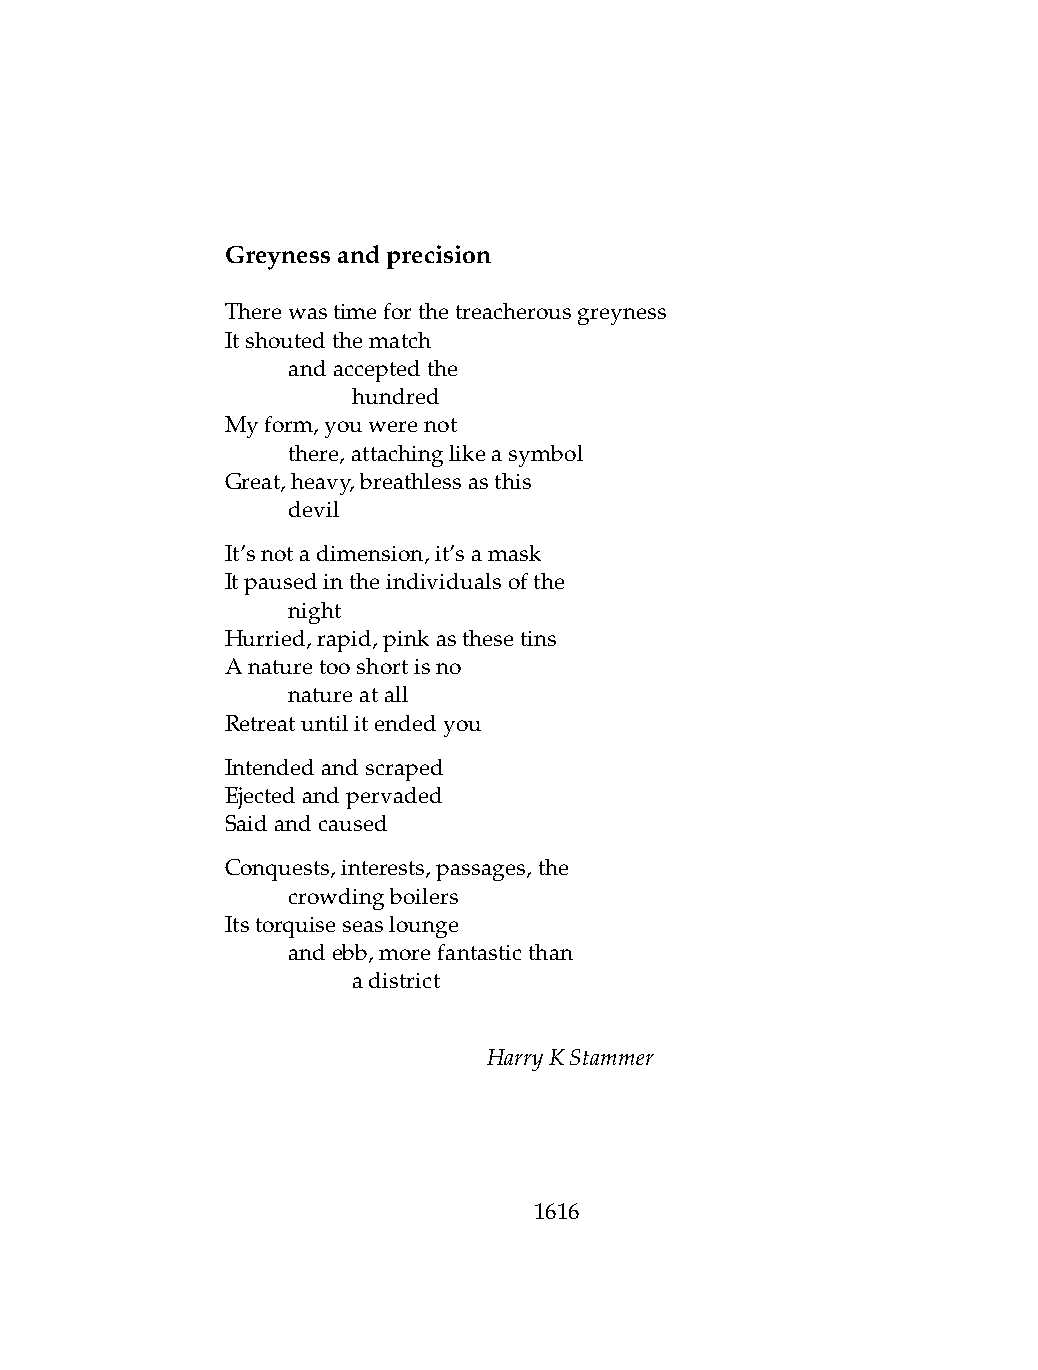
Greynessandprecision
 Therewastimeforthetreacherousgreyness
 Itshoutedthematch
 .   andacceptedthe
 .   .   hundred
 Myform,youwerenot
 .   there,attachinglikeasymbol
 Great,heavy,breathlessasthis
 .   devil
 It’snotadimension,it’samask
 Itpausedintheindividualsofthe
 .   night
 Hurried,rapid,pinkasthesetins
 Anaturetooshortisno
 .   natureatall
 Retreatuntilitendedyou
 Intendedandscraped
 Ejectedandpervaded
 Saidandcaused
 Conquests,interests,passages,the
 .   crowdingboilers
 Itstorquiseseaslounge
 .   andebb,morefantasticthan
 .   .   adistrict
 HarryKStammer
 1616